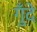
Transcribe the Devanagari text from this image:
गुँदे